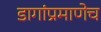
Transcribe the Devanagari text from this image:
डागांप्रमाणेच